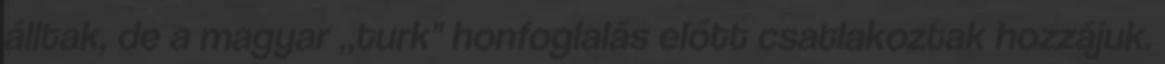
álltak, de a magyar „turk" honfoglalás előtt csatlakoztak hozzájuk.